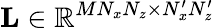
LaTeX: \textbf{L}\in\mathbb{R}^{MN_{x}N_{z}\times N_{x}^{\prime}N_{z}^{\prime}}